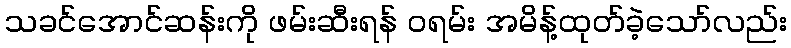
သခင်အောင်ဆန်းကို ဖမ်းဆီးရန် ဝရမ်း အမိန့်ထုတ်ခဲ့သော်လည်း